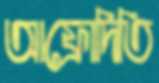
আফ্রোদিতি